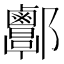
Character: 𨟬